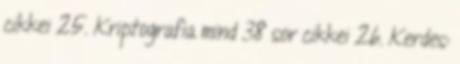
cikkei 25. Kriptografia mind 38 sor cikkei 26. Kerdes: